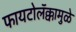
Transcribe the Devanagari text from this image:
फायटोलॅक्कामुळे